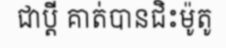
ជាប្តី គាត់បានជិះម៉ូតូ